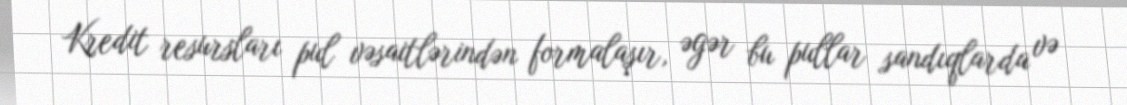
Kredit resursları pul vəsaitlərindən formalaşır, əgər bu pullar sandıqlarda və